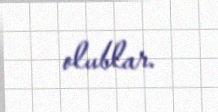
olublar.